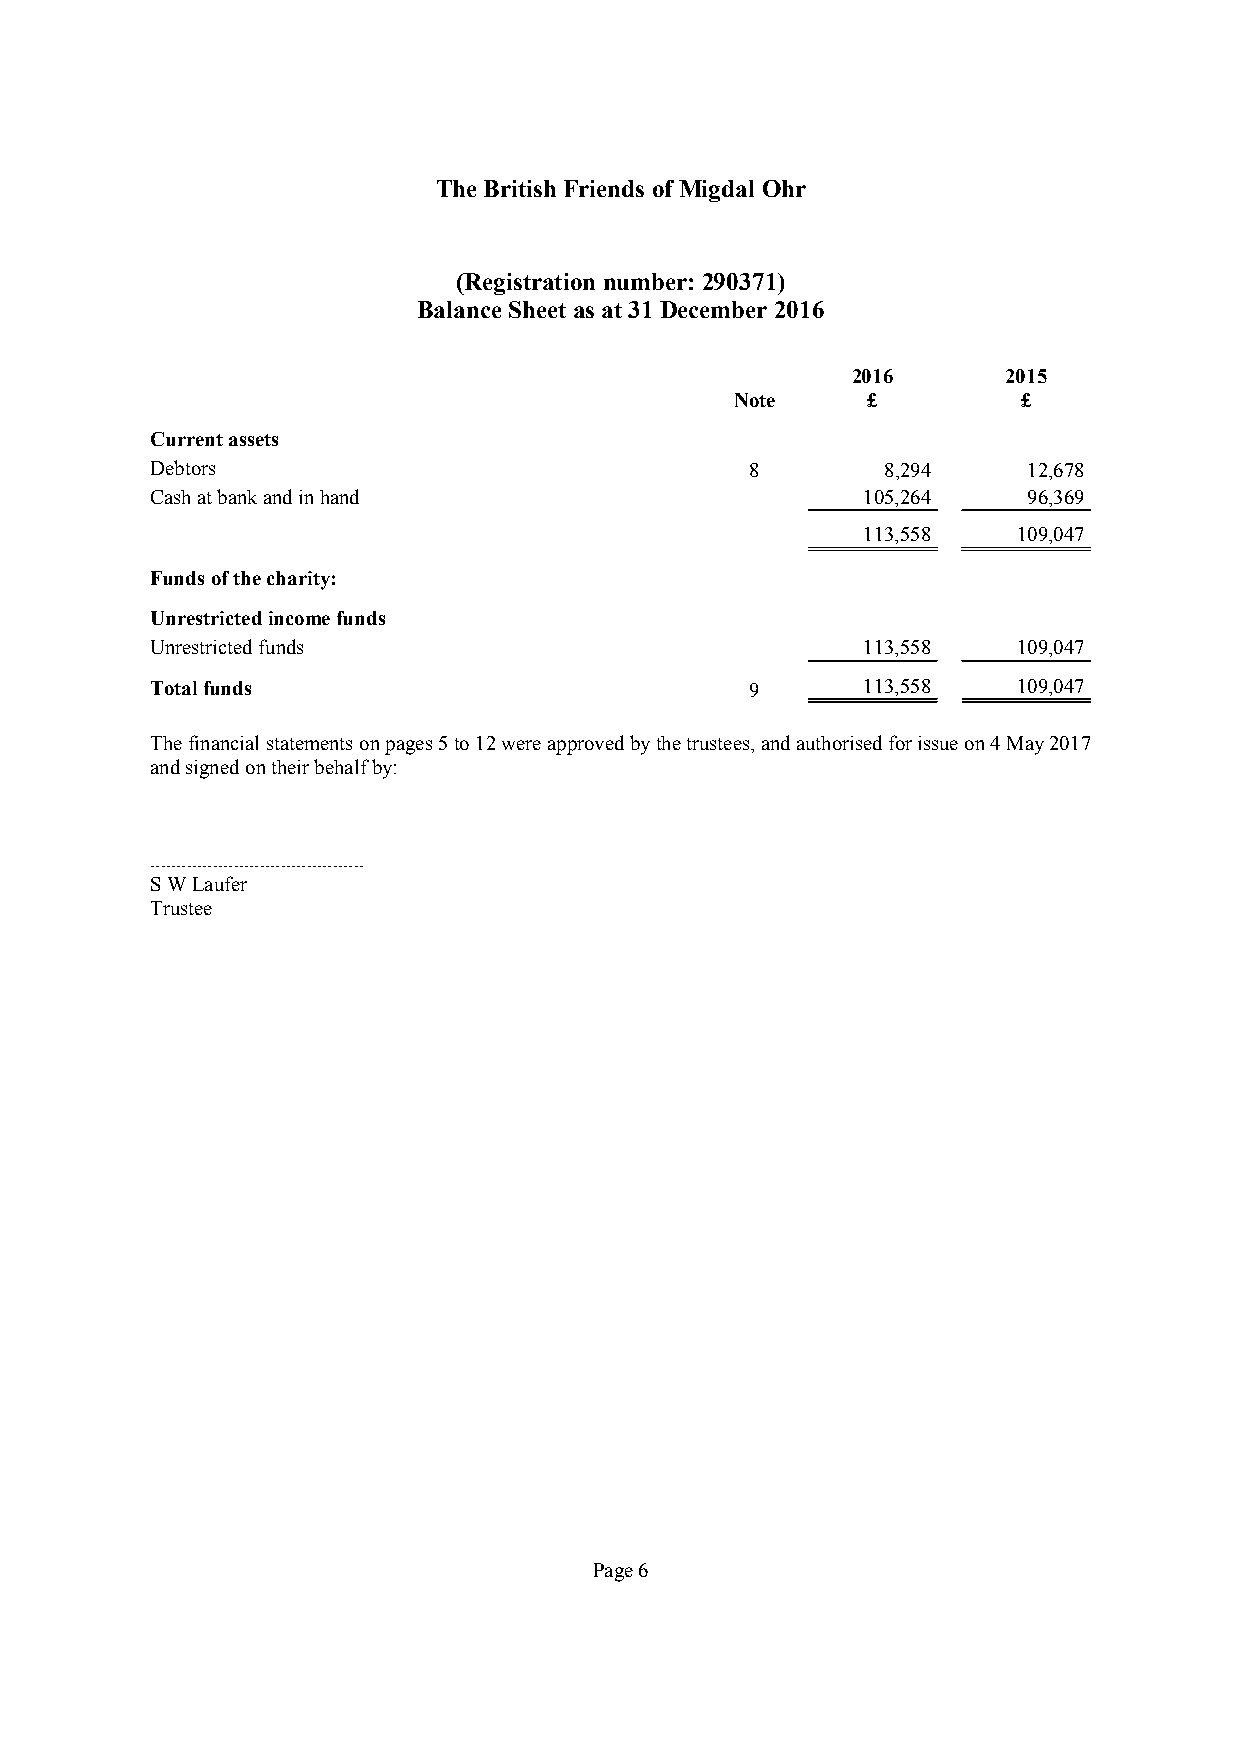
TheBritish Friends ofMigdal Ohr
 (Registration number: 290371)
 BalanceSheetas at 31December 2016
 2016       2015
 Note    £          £
 Currentassets
 Debtors                                 8       8,294     12,678
 Cashatbankandinhand                            105,264    96,369
 113,558   109,047
 Fundsofthecharity:
 Unrestrictedincomefunds
 Unrestrictedfunds                              113,558   109,047
 Totalfunds                              9      113,558   109,047
 Thefinancialstatementsonpages5to12wereapprovedbythetrustees,andauthorisedforissueon4May2017
 andsignedontheirbehalfby:
 .........................................
 SWLaufer
 Trustee
 Page6